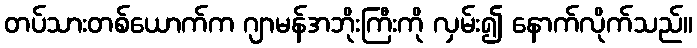
တပ်သားတစ်ယောက်က ဂျာမန်အဘိုးကြီးကို လှမ်း၍ နောက်လိုက်သည်။